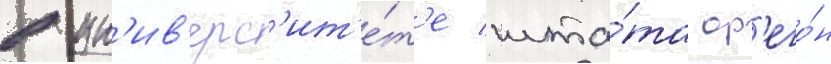
в ун'ив'ерс'ит'е́т'е шта́та ор'его́н